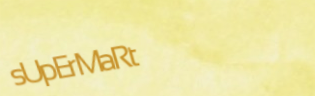
sUpErMaRt